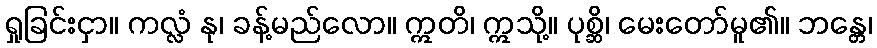
ရှုခြင်းငှာ။ ကလ္လံ နု၊ ခန့်မည်လော။ ဣတိ၊ ဣသို့။ ပုစ္ဆိ၊ မေးတော်မူ၏။ ဘန္တေ၊